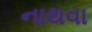
નાથવા